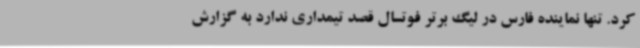
کرد. تنها نماینده فارس در لیگ برتر فوتسال قصد تیمداری ندارد به گزارش